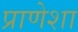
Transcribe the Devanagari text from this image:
प्राणेशा